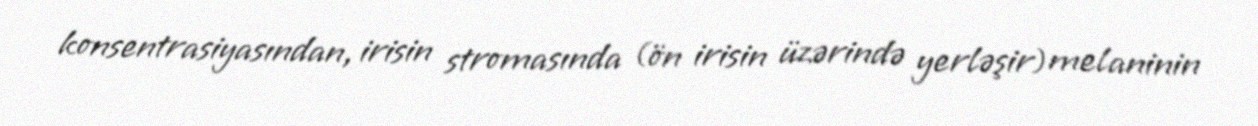
konsentrasiyasından, irisin stromasında (ön irisin üzərində yerləşir) melaninin